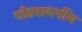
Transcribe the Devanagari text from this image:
षोडशवर्षीय